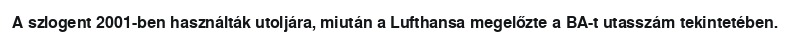
A szlogent 2001-ben használták utoljára, miután a Lufthansa megelőzte a BA-t utasszám tekintetében.